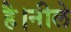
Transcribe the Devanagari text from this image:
है।नीले